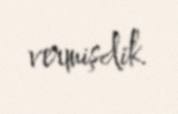
vermişdik.